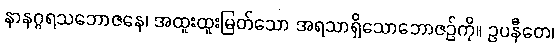
နာနဂ္ဂရသဘောဇနေ၊ အထူးထူးမြတ်သော အရသာရှိသောဘောဇဉ်ကို။ ဥပနီတေ၊